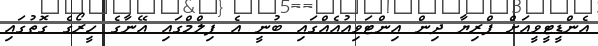
އެންޑީޓީވީއަށް ޕްރިޔާ ދިން އިންޓަވިއުއެއްގައި ބުނީ އެ ފިލްމްގައި އޭނާގެ ހީރޯގެ ގޮތުގައި